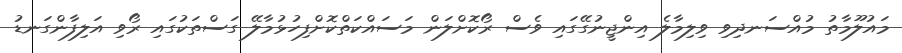
މައުލޫމާތު މުއްސަނދިވި ވިލިމާލެ އިންޖީނުގޭގައި ވެސް ރޯކޮށްލަން މަސައްކަތްކޮށްފިހުޅުމާލޭ ގަސްތަކުގައި ރޯވި އަލިފާންގަނޑު